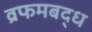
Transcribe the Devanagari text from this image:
व्रफमबद्ध